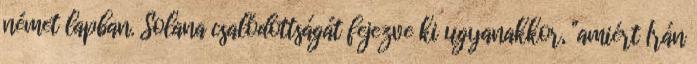
német lapban. Solana csalódottságát fejezve ki ugyanakkor, "amiért Irán